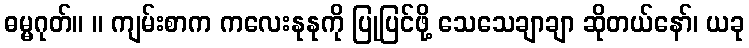
ဓမ္မဂုတ်။ ။ ကျမ်းစာက ကလေးနုနုကို ပြုပြင်ဖို့ သေသေချာချာ ဆိုတယ်နော်၊ ယခု